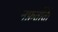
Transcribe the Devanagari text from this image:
नफ़र्तीती